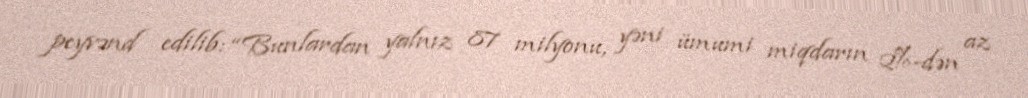
peyvənd edilib: “Bunlardan yalnız 87 milyonu, yəni ümumi miqdarın 2%-dən az